Vaccination in Burma 1912-1922 - 1912-1922
Year: 1912
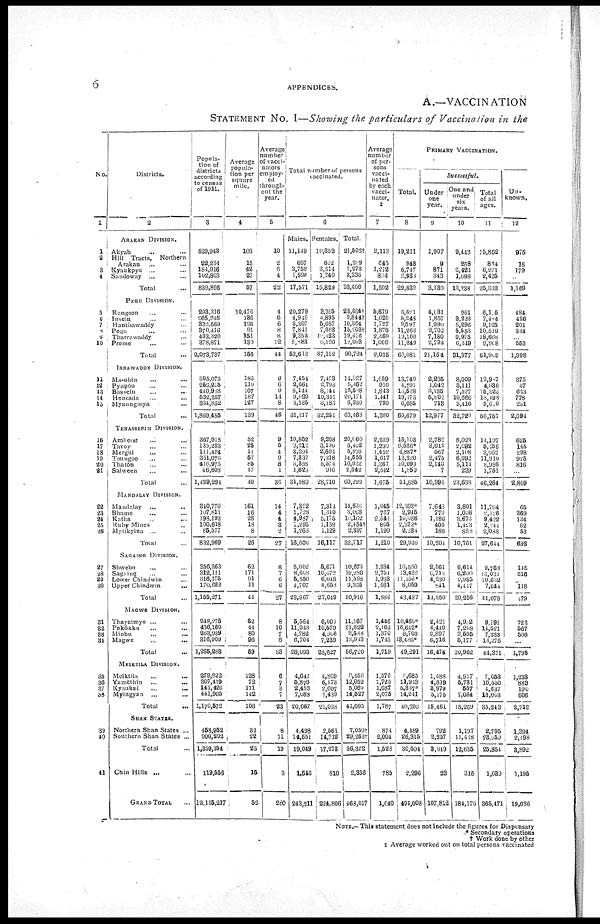
6
APPENDICES.
A.—VACCINATION
STATEMENT No. I—Showing the particulars of Vaccination in the
No.
1
1
2
3
4
5
6 7
8
9
10
11
12
13
14
15
16
17
18
19
20
21
22
23
24
25
26
27
28
29
30
31
32
33
34
35
36
37
38
39
40
41
Districts.
2
ARAKAN DIVISION.
Akyab... ... ...
Hill Tracts, Northern
Arakan... ... ...
Kyaukpyu... ... ...
Sandoway ... ... ...
Total...
PEGU DIVISION.
Rangoon... ... ...
Insein... ... ...
Hanthawaddy... ... ...
Pegu... ... ...
Tharrawaddy... ... ... ...
Prome... ... ...
Total...
IRRAWADDY DIVISION.
Ma-ubin... ... ...
Pyapôn... ... ...
Bassein... ... ...
Henzada... ... ...
Myaungmya... ...
Total...
TENASSERIM DIVISION.
Amherst... ... ...
Tavoy... ... ...
Mergui... ... ...
Toungoo... ... ...
Thatôn... ... ...
Salween... ... ...
Total...
MANDALAY DIVISION.
Mandalay... ... ...
Bhamo... ... ...
Katha... ... ...
Ruby Mines... ... ...
Myukyina ... ... ...
Total...
SAGAING DIVISION.
Shwebo... ... ...
Sagaing... ... ...
Lower Chindwin... ... ...
Upper Chindwin... ...
Total...
MAGWE DIVISION.
Thayetmyo... ...
Pakôkku... ...
Minbu... ...
Magwe
...
...
Total...
MEIKTILA DIVISION.
Meiktila... ... ...
Yamèthin ... ... ...
Kyauksè...
...
...
Myingyan... ... ...
Total...
SHAN STATES.
Northern Shan States ...
Southern Shan States ...
Total...
Chin Hills ...
GRAND TOTAL
Popula-
tion of
districts
according
to census
of 1911.
3
529,943
22,234
184,916
102,803
839,896
293,316
265,245
332,560
370,416
433,320
378,871
2,073,737
305,073
256,215
440,988
532,357
334,852
1,869,485
367,918
135,293
111,424
351,076
416,975
46,608
1,429,294
310,770
107,811
198,193
100,618
86,577
832,969
356,363
312,111
316,175
170,622
1,155,271
248,275
436,160
263,939
316,909
1,265,283
279,822
307,419
141,426
441,905
1,170,572
458,952
900,202
1,359,154
119,556
12,115,217
Average
popula-
tion per
square
mile.
4
103
15
42
27
57
10,476
136
196
91
151
130
156
185
119
107
187
127
139
52
25
11
57
85
17
40
161
16
28
18
8
26
62
171
91
11
11
52
44
80
96
59
128
72
111
142
108
32
22
25
15
53
Average
number
of vacci-
nators
employ-
ed
through-
out the
year.
5
10
2
6
4
22
4
6
6
8
8
12
44
9
6
9
14
8
46
9
5
4
9
8
1
36
14
4
4
3
2
27
8
7
6
6
27
8
10
7
8
33
6
7
3
7
23
8
11
19
3
250
Total number of persons
vaccinated.
6
Males.
11,149
667
3,759
1,996
17,571
20,279
4,919
5,307
7,841
9,353
5,883
53,612
7,454
2,664
8,144
9,820
3,135
31,237
10,852
3,212
3,204
7,837
5,358
l,620
31,589
7,322
1,728
4,937
1,295
1,263
16,600
5,002
8,608
5,550
4,707
23,867
5,564
11,043
4,782
6,704
28,093
4,647
5,879
2,453
7,083
20,067
4,498
14,551
19,049
1,546
243,211
Females.
10,353
622
3,514
1,340
15,829
3,355
4,895
5,057
7,362
10,323
6,120
87,112
7,473
2,798
8,044
10,351
3,185
32,251
9,208
3,190
2,601
7,218
5,574
916
28,710
7,314
1,340
5,175
1,159
1,129
16,117
5,671
10,072
6,048
4,653
27,049
6,008
10,579
4,806
7,239
28,627
4,809
6,173
2,607
7,439
21,028
2,561
14,712
17,278
810
224,806
Total.
21,502†
l,289
7,273
3,336
33,400
23,684†
9,844†
10,364
15,203†
19,676
12,003
90,724
14,927
5,462
16,588
20,171
6,320
63,468
20,060
6,402
5,898
11,555
10,932
2,542
60,299
11,636
3,068
10,162
2,454†
2,397
32,717
10,673
19,280
11,598
9,365
50,916
11,567
21,622
9,588
13,943
56,720
9,456
12,052
5,060
14,527
41,095
7,059†
29,263†
36,322
2,856
468,017
Average
number
of per-
sons
vacci-
nated
by each
vacci-
nator.
7
2,113
645
1,212
834
1,502
5,679
1,626
1,727
1,876
2,460
1,000
2,035
1,659
910
1,843
1,141
790
1,380
2,229
1,339
1,452
1,617
1,367
2,542
1,675
1,045
767
2,541
805
1,199
1,210
1,334
2,751
1,938
1,561
1,886
1,446
2,162
1,370
1,743
1,719
1,576
1,722
1,687
2,075
1,787
871
2,004
1,528
785
1,040
PRIMARY VACCINATION.
Total.
8
19,211
948
6,747
9,930
29,839
6,621
8,248
9,597
11,266
19,100
11,249
66,081
13,740
4,791
16,538
19,175
6,085
60,679
15,103
6,526*
4,887*
13,220
10,099
1,850
51,685
12,303*
2,945
10,086
2,372*
2,234
29,910
10,550
13,422
11,456*
8,059
43,487
10,460*
16,612*
8,703
13,486*
49,291
8,685
11,913
5,337*
14,241
40,206
4,189
26,315
30,504
2,296
401,008
Successful,
Under
one
year.
9
1,907
9
871
343
3,180
4,081
1,857
l,990
2,702
7,180
2,794
21,154
2,235
1,042
3,185
5,802
713
12,977
2,782
3,019
567
2,475
2,140
7
10,990
7,643
779
1,186
405
186
10,204
2,561
6,718
4,230
841
14,350
2,421
4,410
2,897
6,716
16,474
1,488
4,819
3,979
5,175
15,461
792
2,257
3,049
23
107,812
One and
under
six
years.
10
9,448
268
2,424
1,098
13,238
961
8,223
5,296
5,553
9,985
6,349
31,377
8,009
8,111
7,527
10,666
3,416
32,729
8,023
2,092
2,108
6,092
5,111
239
23,668
3,801
1,006
3,673
1,423
858
10,761
6,614
6,200
2,985
4,417
20,216
4,902
7,268
3,595
5,177
20,962
4,917
5,731
557
7,064
18,269
1,197
11,438
12,635
315
184,170
Total
of all
ages.
11
15,852
864
6,221
2,425
25,362
6,105
7,104
9,165
10,519
18,668
9,908
61,909
12,907
4,636
15,326
18,198
5,600
56,757
14,197
5,156
3,952
11,910
8,998
1,751
46,264
11,764
2,126
9,422
2,244
2,088
27,613
9,768
13,034
10,682
7,641
41,078
9,191
11,521
7,333
13,276
14,321
7,053
10,550
1,637
13,063
35,243
2,795
23,659
25,854
1,639
865,471
Un-
known.
12
975
15
179
...
1,169
484
426
201
384
...
553
1,998
375
37
623
778
281
2,094
625
145
298
925
816
...
2,809
65
369
134
62
53
638
145
216
...
118
479
722
567
506
...
1,795
1,233
883
190
606
2,912
1,394
2,498
3,892
1,195
19,026
NOTE.—This statement does not include the figures for Dispensary
* Secondary operations
† Work done by other
‡ Average worked out on total persons vaccinated